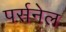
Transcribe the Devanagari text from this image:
पर्सनेल